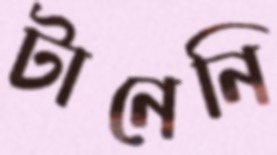
টানেনি